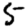
Digit: 5